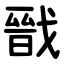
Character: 戩